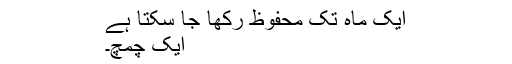
ایک ماہ تک محفوظ رکھا جا سکتا ہے
ایک چمچ۔